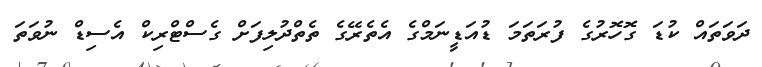
ދަވަތައް ކުޑަ ގޮހޮރުގެ ފުރަތަމަ ޑުއަޑީނަމްގެ އެތެރޭގެ ތެތްދުލިފަށް ގެސްޓްރިކް އެސިޑް ނުވަތަ